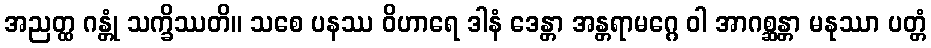
အညတ္ထ ဂန္တုံ သက္ခိဿတိ။ သစေ ပနဿ ဝိဟာရေ ဒါနံ ဒေန္တာ အန္တရာမဂ္ဂေ ဝါ အာဂစ္ဆန္တာ မနုဿာ ပတ္တံ